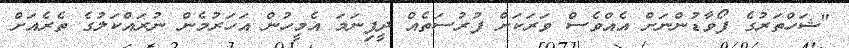
"ޝަހްތަރުގެ ފޯވާޑުންނަށް އެއްވެސް ވަރަކަށް ފުރުސަތެއް ދީފިނަމަ އެމީހުން އަހަރުމެން ނުރައްކަލުގެ ތެރެއަށް